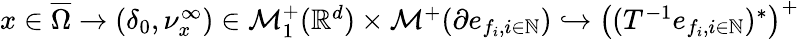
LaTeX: \begin{array}{r}{x\in\overline{{\Omega}}\to(\delta_{0},\nu_{x}^{\infty})\in\mathcal{M}_{1}^{+}(\mathbb{R}^{d})\times\mathcal{M}^{+}(\partial e_{f_{i},i\in\mathbb{N}})\hookrightarrow\big((T^{-1}e_{f_{i},i\in\mathbb{N}})^{*}\big)^{+}}\end{array}